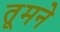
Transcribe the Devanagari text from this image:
तूमने